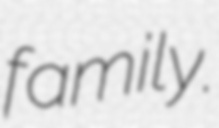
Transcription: family.